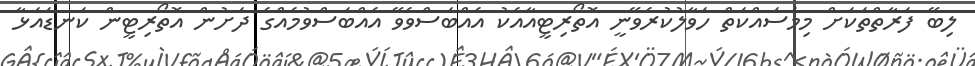
ލިބޭ ފަރާތްތަކަށް މިމަސައްކަތް ހަވާލުކުރެވޭނީ އޮތޯރިޓީއާއެކު އެއްބަސްވެވޭ އެއްބަސްވުމެއްގެ ދަށުން އޮތޯރިޓީން ކަނޑައަޅާ